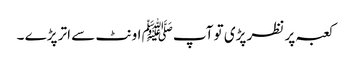
کعبہ پر نظر پڑی تو آپﷺ اونٹ سے اتر پڑے ۔